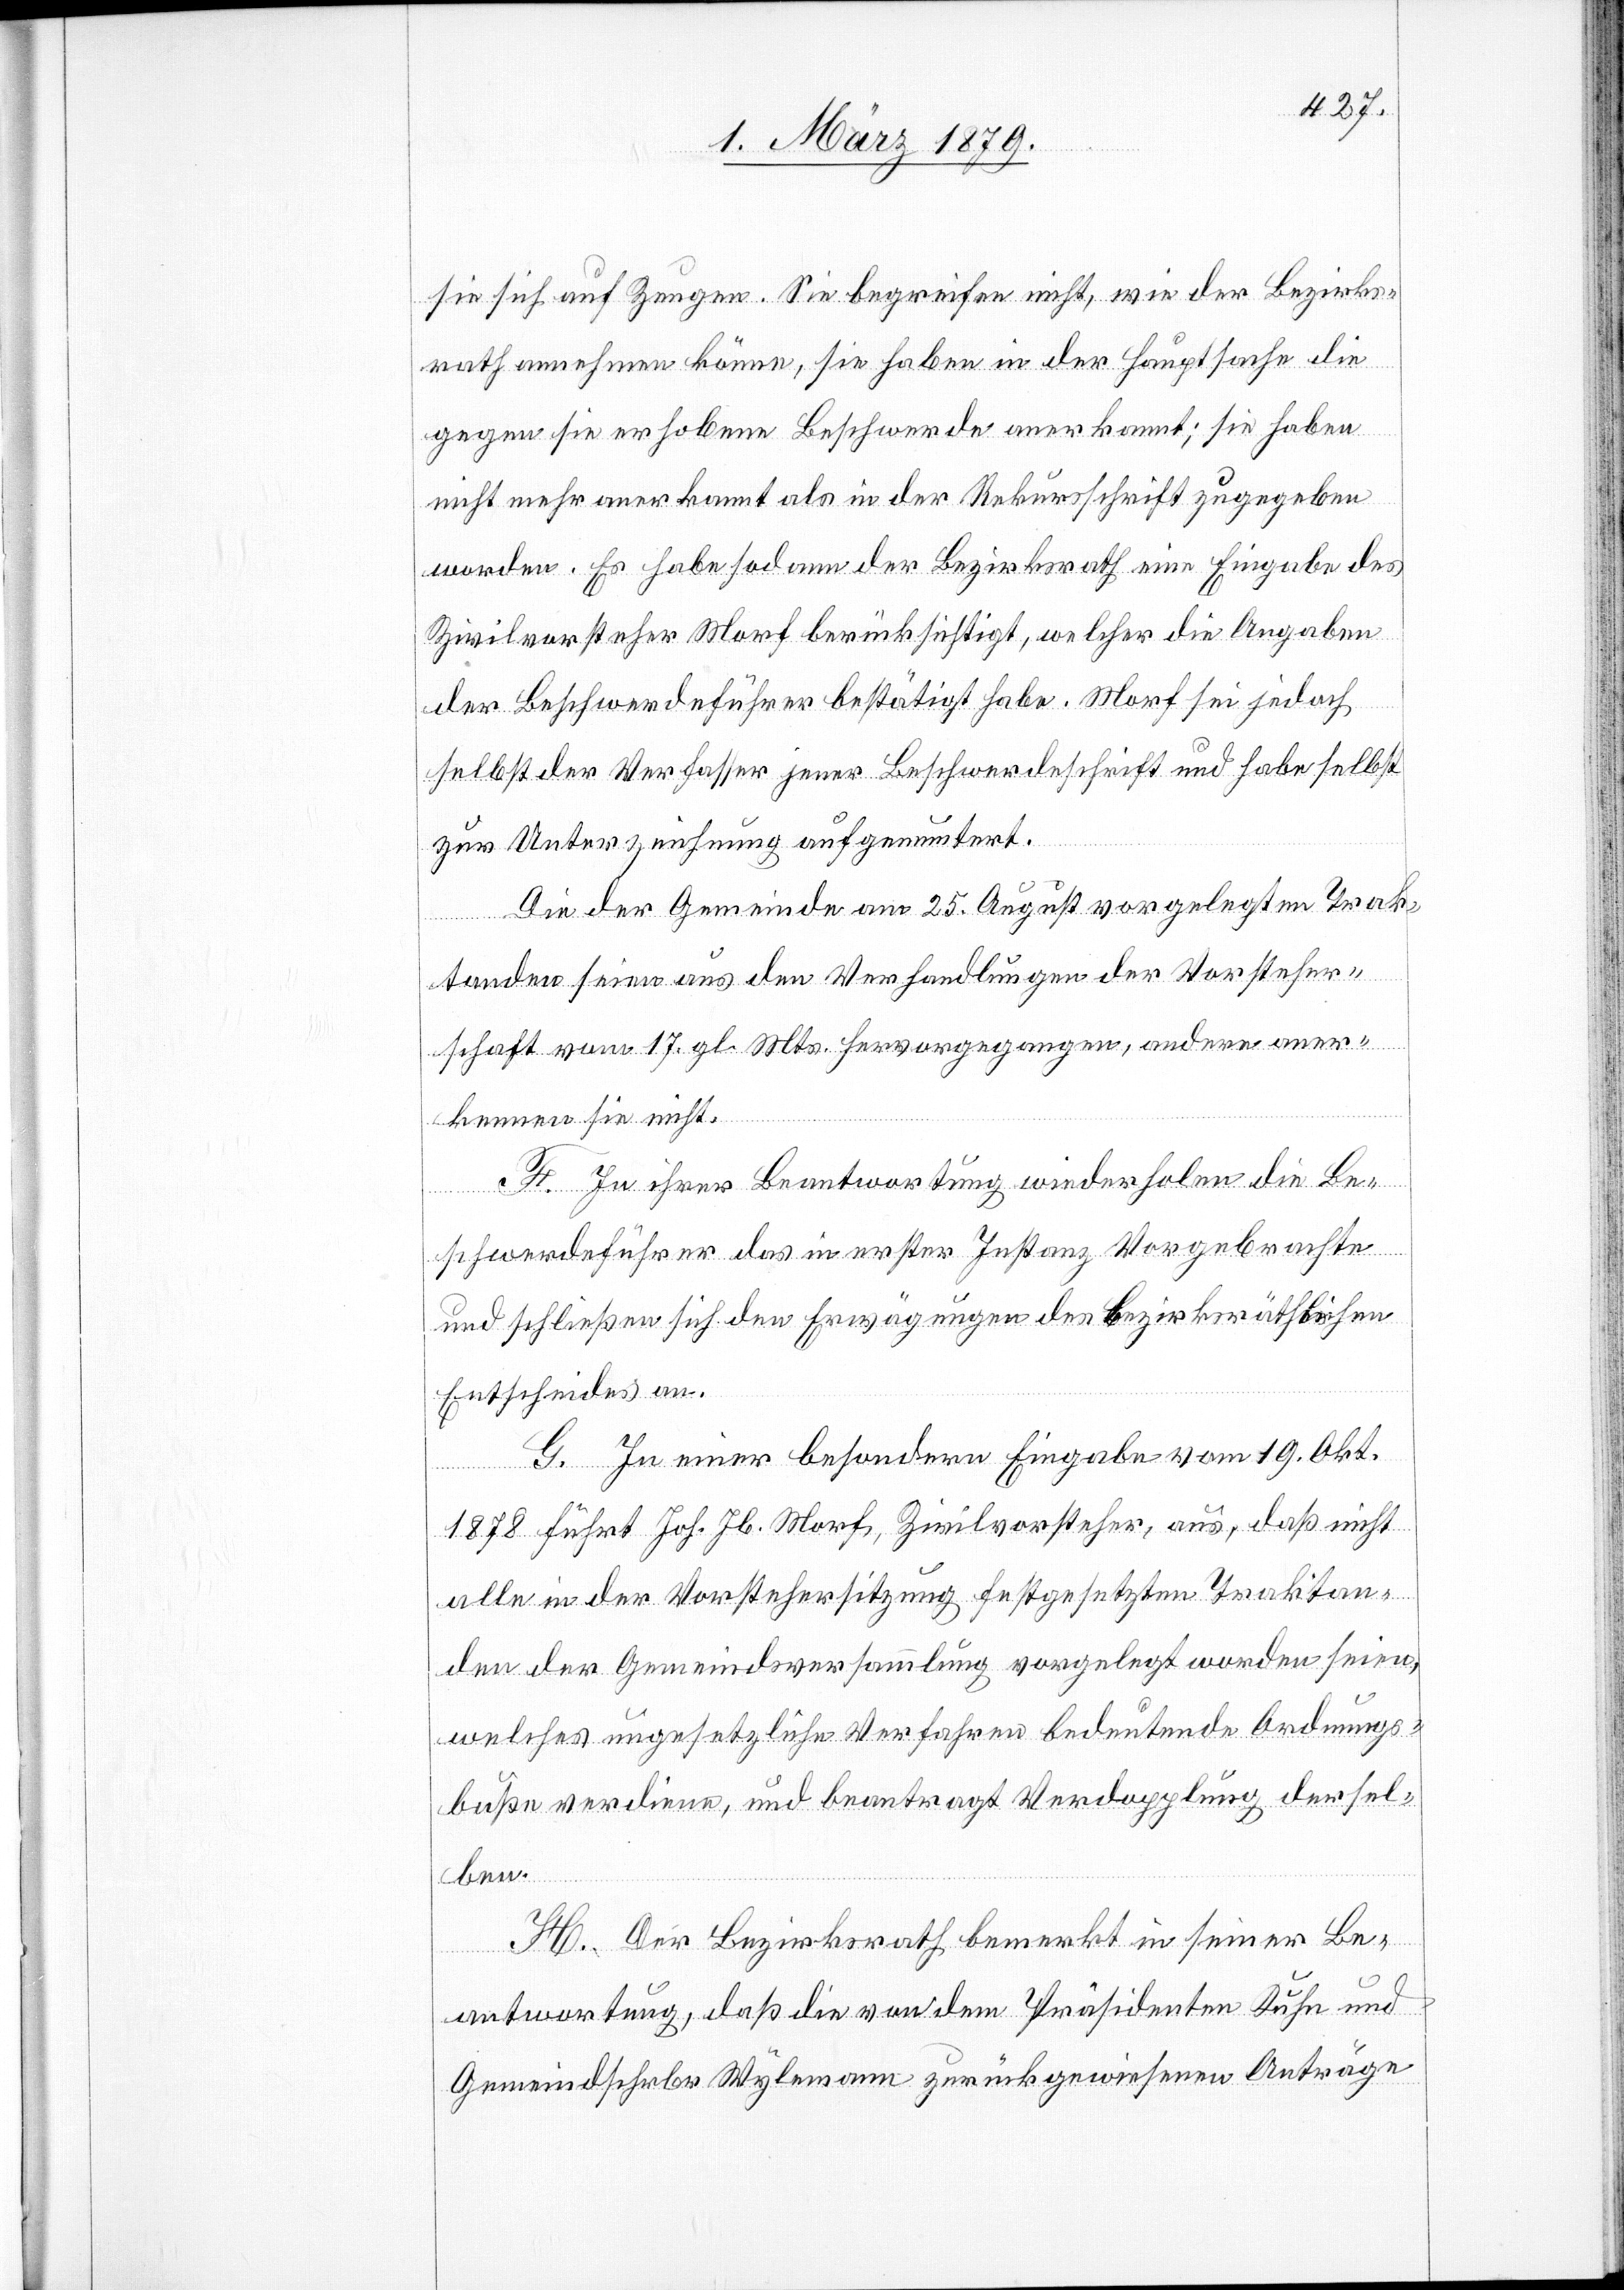
sie sich auf Zeugen. Sie begreifen nicht, wie der Bezirks¬
rath annehmen könne, sie haben in der Hauptsache die
gegen sie erhobene Beschwerde anerkannt; sie haben
nicht mehr anerkannt als in der Rekursschrift zugegeben
worden. Es habe sodann der Bezirksrath eine Eingabe des
Zivilvorsteher Morf berücksichtigt, welcher die Angaben
der Beschwerdeführer bestätigt habe. Morf sei jedoch
selbst der Verfasser jener Beschwerdeschrift und habe selbst
zur Unterzeichnung aufgemuntert.
Die der Gemeinde am 25. August vorgelegten Trak¬
tanden seien aus den Verhandlungen der Vorsteher¬
schaft vom 17. gl. Mts. hervorgegangen, andere aner¬
kennen sie nicht.
F. In ihrer Beantwortung wiederholen die Be¬
schwerdeführer das in erster Instanz Vorgebrachte
und schließen sich den Erwägungen des bezirksräthlichen
Entscheides an.
G. In einer besondern Eingabe vom 19. Okt.
1878 führt Joh. Jb. Morf, Zivilvorsteher, aus, daß nicht
alle in der Vorstehersitzung festgesetzten Traktan¬
den der Gemeindeversammlung vorgelegt worden seien,
welches ungesetzliche Verfahren bedeutende Ordnungs¬
buße verdiene, und beantragt Verdopplung dersel¬
ben.
H. Der Bezirksrath bemerkt in seiner Be¬
antwortung, daß die von dem Präsidenten Kuhn und
Gemeindschrbr [sic!] Wylemann zurückgewiesenen Anträge